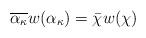
LaTeX: \begin{align*}\overline{\alpha_{\kappa}}w(\alpha_{\kappa})=\bar{\chi}w(\chi)\end{align*}